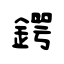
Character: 鍔